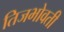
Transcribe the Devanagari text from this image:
तिजभोवती